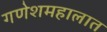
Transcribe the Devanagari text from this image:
गणेशमहालात